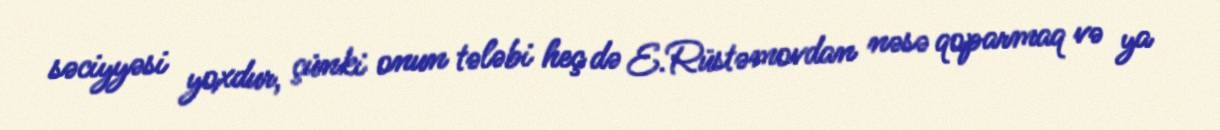
səciyyəsi yoxdur, çünki onun tələbi heç də E.Rüstəmovdan nəsə qoparmaq və ya